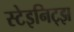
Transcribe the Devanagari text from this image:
स्टेइनिट्झ